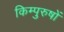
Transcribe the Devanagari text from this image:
किम्पुरुषों